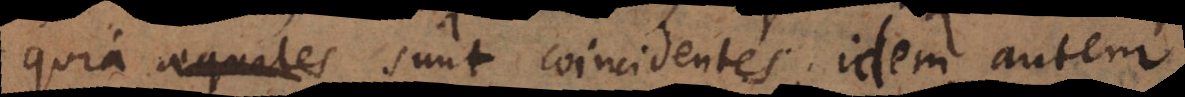
quia aequales sunt coincidentes, idem autem